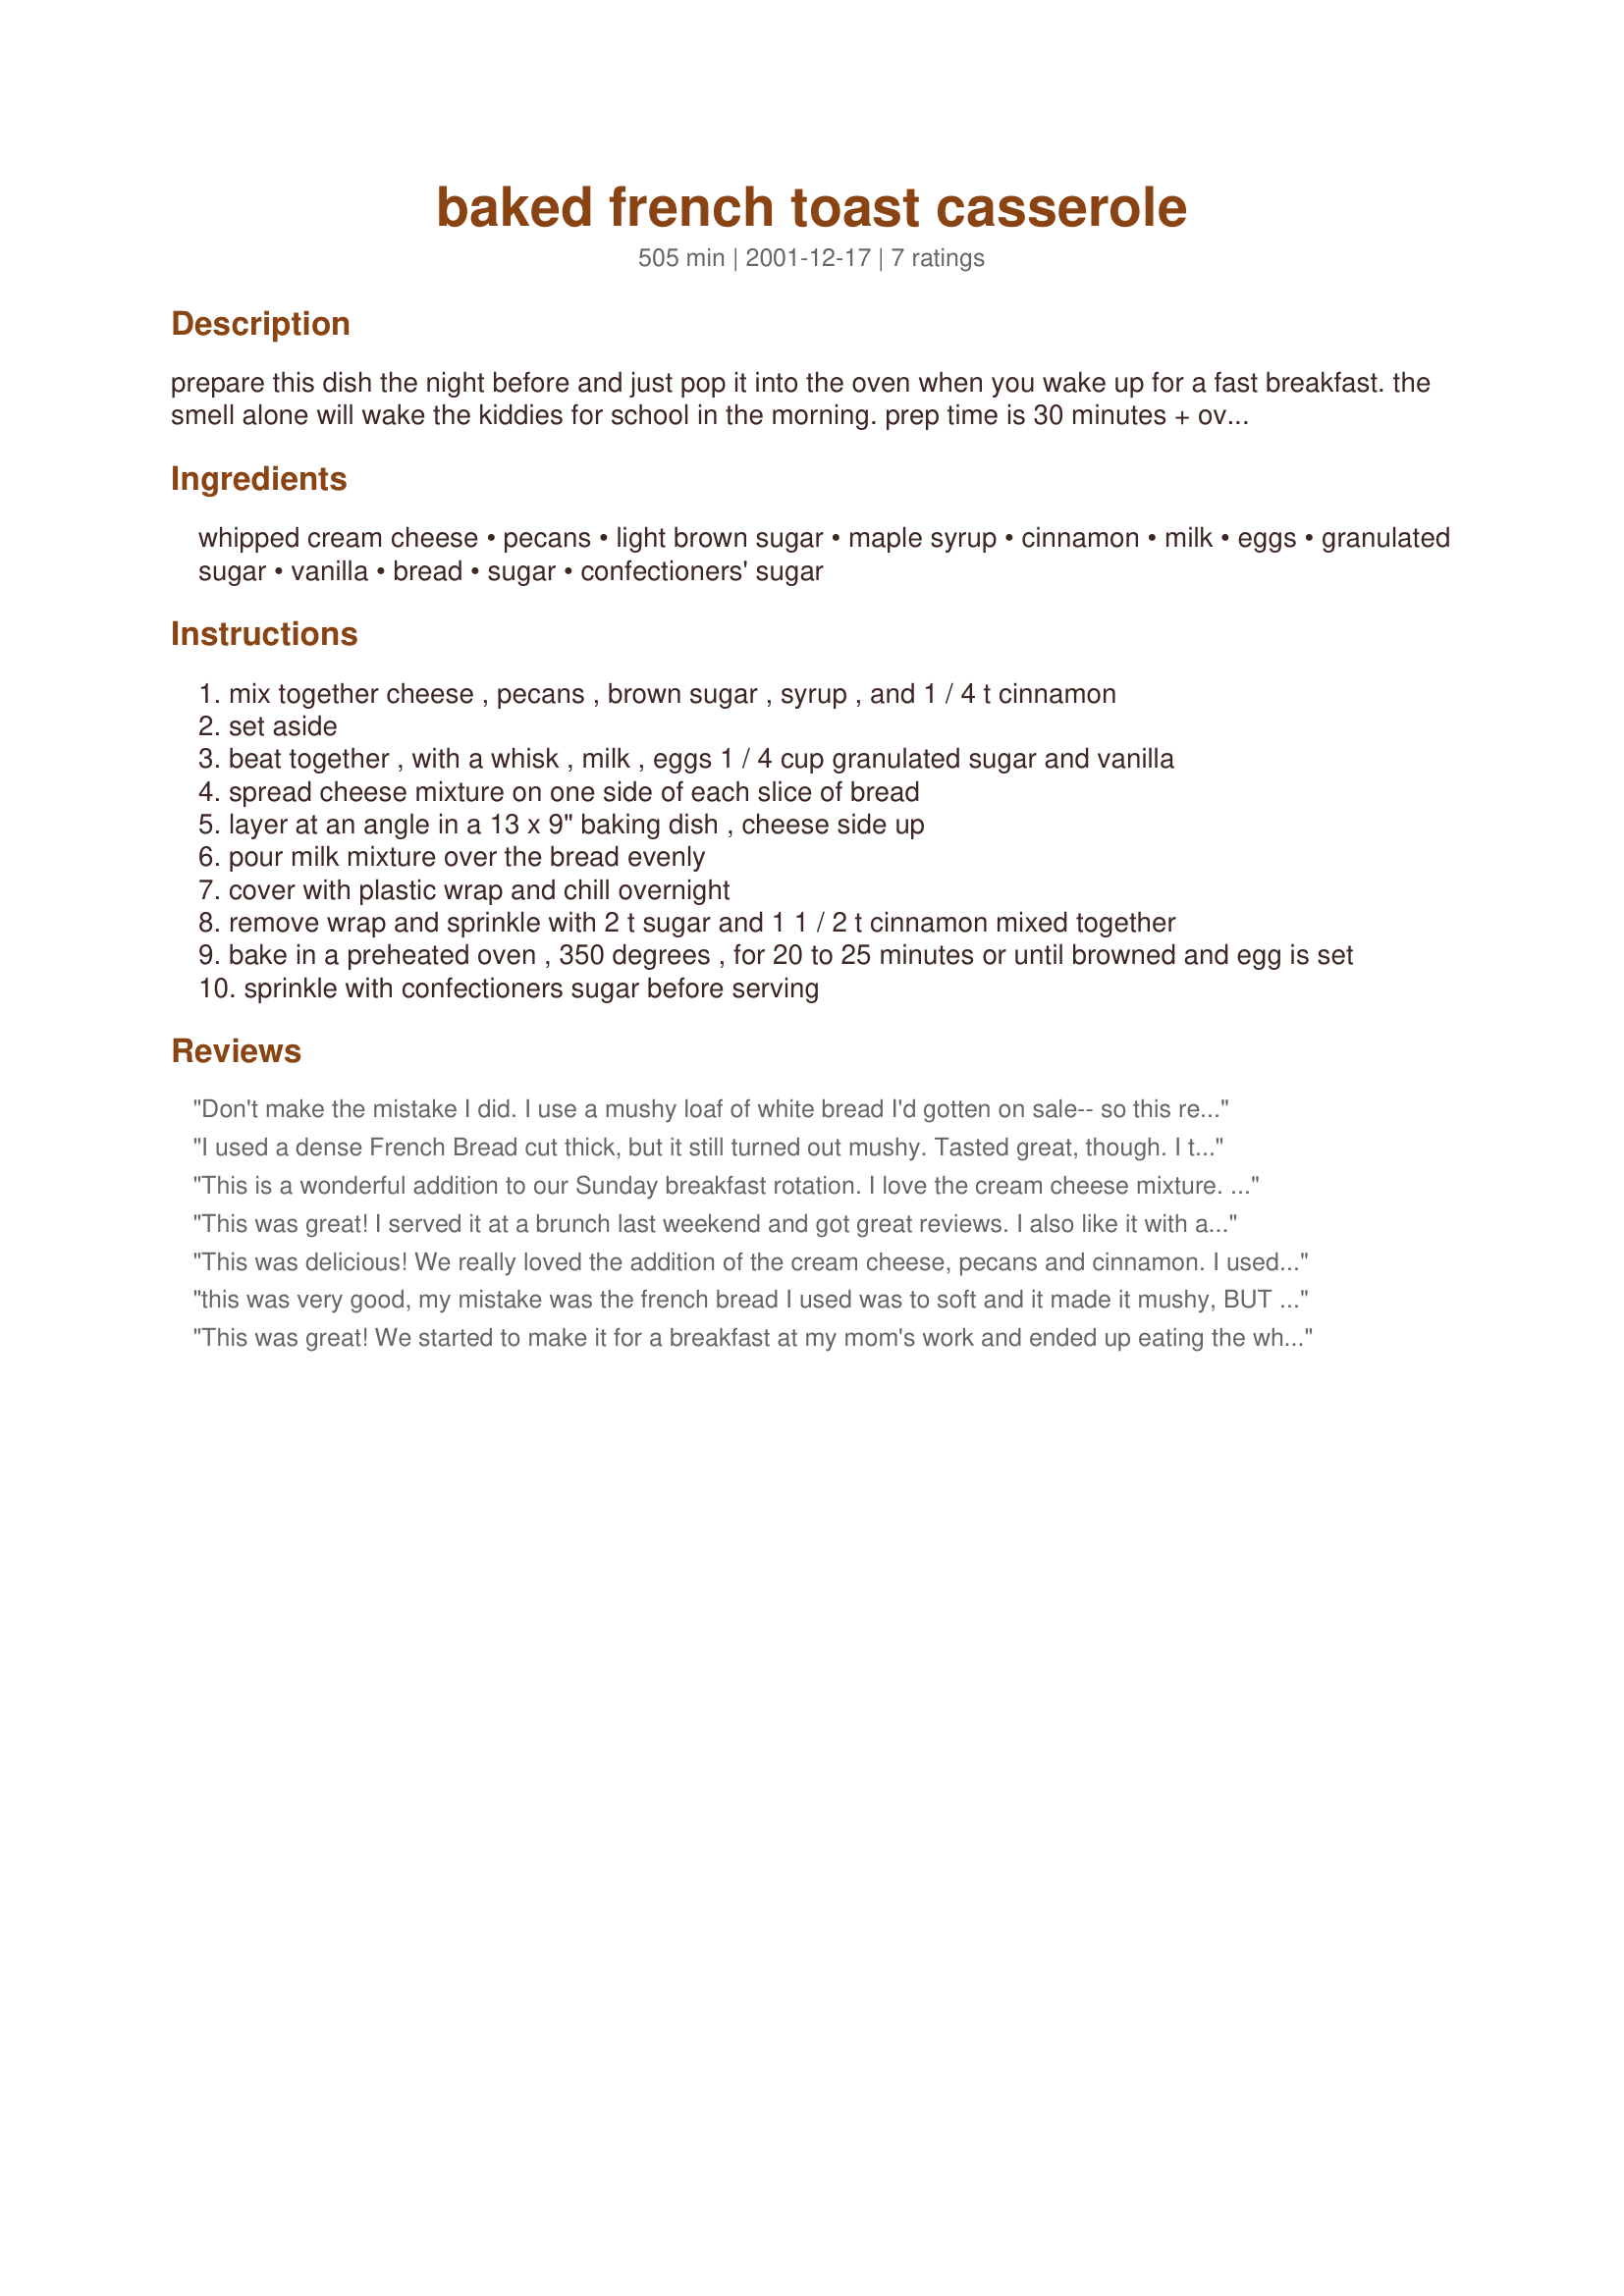
baked french toast casserole
Preparation time: 505 minutes

prepare this dish the night before and just pop it into the oven when you wake up for a fast breakfast. the smell alone will wake the kiddies for school in the morning. prep time is 30 minutes + overnight chill time.

Ingredients:
whipped cream cheese, pecans, light brown sugar, maple syrup, cinnamon, milk, eggs, granulated sugar, vanilla, bread, sugar, confectioners' sugar

Steps:
mix together cheese , pecans , brown sugar , syrup , and 1 / 4 t cinnamon
set aside
beat together , with a whisk , milk , eggs 1 / 4 cup granulated sugar and vanilla
spread cheese mixture on one side of each slice of bread
layer at an angle in a 13 x 9" baking dish , cheese side up
pour milk mixture over the bread evenly
cover with plastic wrap and chill overnight
remove wrap and sprinkle with 2 t sugar and 1 1 / 2 t cinnamon mixed together
bake in a preheated oven , 350 degrees , for 20 to 25 minutes or until browned and egg is set
sprinkle with confectioners sugar before serving

Reviews:
Don't make the mistake I did. I use a mushy loaf of white bread I'd gotten on sale-- so this receipe didn't come out too well. I think the thick bread is crucial. My version was still too wet at the end of 25 minutes. I flipped it over into another pan and cooked it some more. It ended up dry on the outside and mushy on the inside. I might try this again if I knew how much bread is in the thick loaf (used by Karen From Colorado). I did continue eating this for a few days by "disassembling" the casserole and cooking the individual slices.
I used a dense French Bread cut thick, but it still turned out mushy. Tasted great, though. I turned the bread out on a large cookie sheet individually and baked them for 30 minutes at 400 degrees and they turned out like very delicious French toast.
This is a wonderful addition to our Sunday breakfast rotation. I love the cream cheese mixture. I'm thinking that would be good to spread on bagels too. Thanks for a yummy recipe Karen!
This was great! I served it at a brunch last weekend and got great reviews. I also like it with a streusel topping on it.
This was delicious! We really loved the addition of the cream cheese, pecans and cinnamon. I used a nice, dense homemade French bread that worked very well with this recipe. Surprisingly, this wasn't as sweet as I expected, but it is rich. My family enjoyed this very much. Thank you for sharing.
this was very good, my mistake was the french bread I used was to soft and it made it mushy, BUT the cream cheese spread you make for this was awsome! it would be good to make and put on bagels. but over all this was very good and I think I will make it again but with a dince type of bread.
This was great! We started to make it for a breakfast at my mom's work and ended up eating the whole thing ourselves. I love french toast and this was such a fun twist on an old fav.
